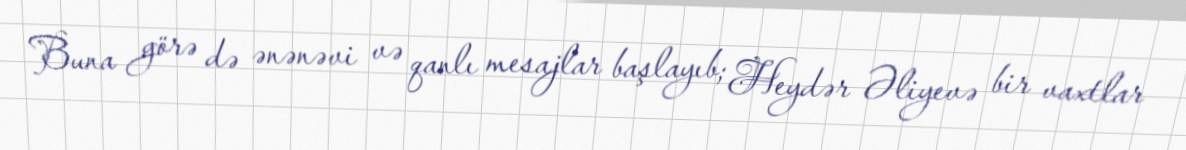
Buna görə də ənənəvi və qanlı mesajlar başlayıb; Heydər Əliyevə bir vaxtlar